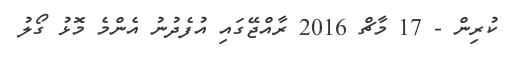
ކުރިން - 17 މާޗް 2016 ރާއްޖޭގައި އުފެދުނު އެންމެ މޮޅު ގޯލު